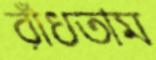
রাঁধতাম